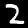
Label: 2